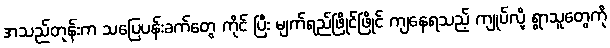
အသည်တုန်းက သပြေပန်းခက်တွေ ကိုင် ပြီး မျက်ရည်ဖြိုင်ဖြိုင် ကျနေရသည့် ကျုပ်လို့ ရွာသူတွေကို